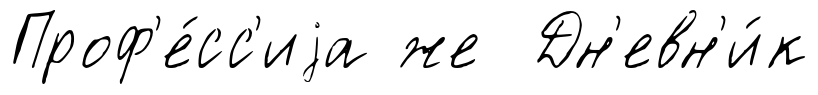
Проф'е́сс'иjа же Дн'евн'и́к